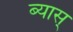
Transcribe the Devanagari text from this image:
ब्यास्